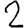
Digit: 2